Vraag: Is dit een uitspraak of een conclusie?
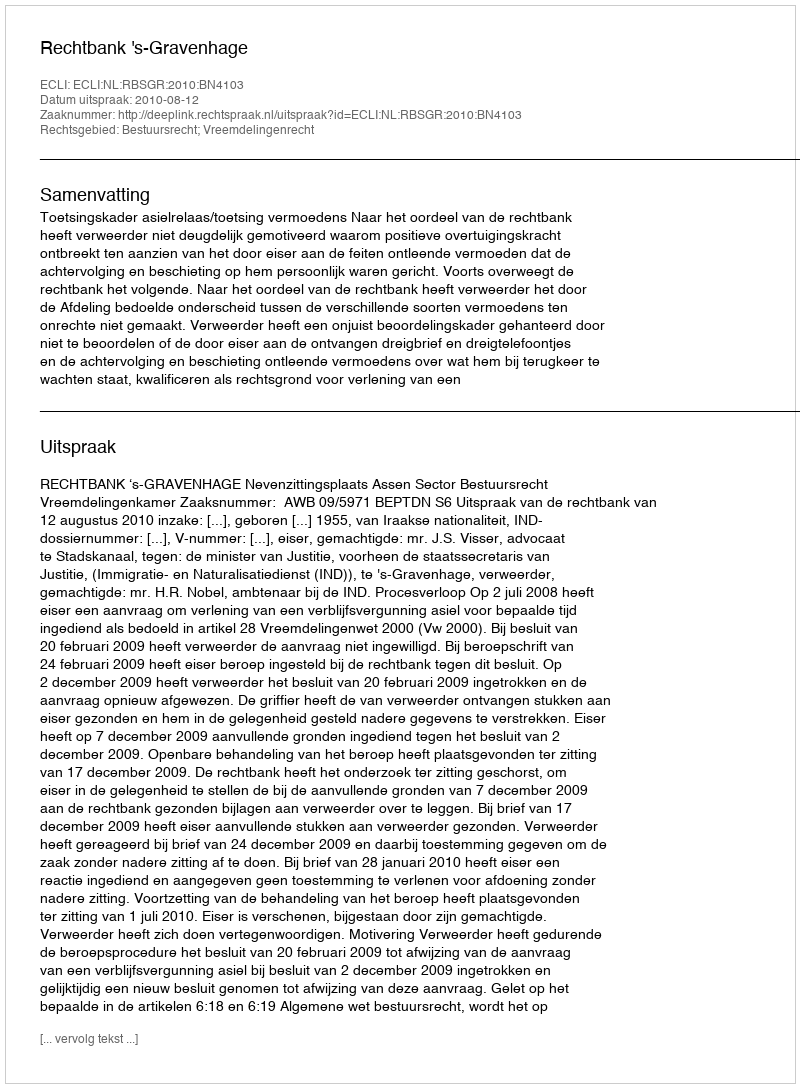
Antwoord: Uitspraak